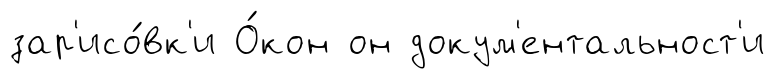
зар'исо́вк'и О́кон он докум'ентальност'и